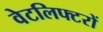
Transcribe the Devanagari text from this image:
वेटलिफ्टरों